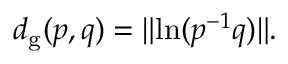
d _ { \mathrm { g } } ( p , q ) = \lVert \ln ( p ^ { - 1 } q ) \rVert .